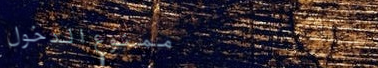
ممنوع الدخول